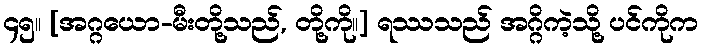
၄၅။ [အဂ္ဂယော-မီးတို့သည်, တို့ကို။] ရဿသည် အဂ္ဂိကဲ့သို့ ပင်ကိုက